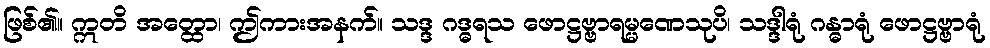
ဖြစ်၏။ ဣတိ အတ္ထော၊ ဤကားအနက်။ သဒ္ဒ ဂဒ္ဓရသ ဖောဋ္ဌဗ္ဗာရမ္မဏေသုပိ၊ သဒ္ဒါရုံ ဂန္ဓာရုံ ဖောဋ္ဌဗ္ဗာရုံ